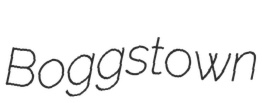
Boggstown